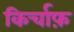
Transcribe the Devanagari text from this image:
किर्चाफ़